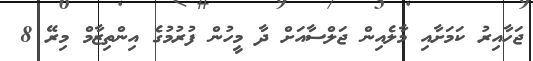
ޖަހާއިރު ކަމަށާއި މާލެއިން ޖަލްސާއަށް ދާ މީހުން ފުރުމުގެ އިންތިޒާމް މިރޭ 8